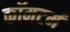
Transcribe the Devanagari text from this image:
कॉमटर्म